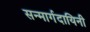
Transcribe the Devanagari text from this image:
सन्मार्गदायिनी